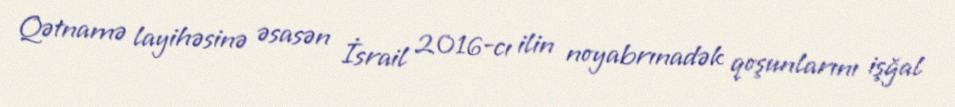
Qətnamə layihəsinə əsasən İsrail 2016-cı ilin noyabrınadək qoşunlarını işğal